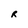
Character: R